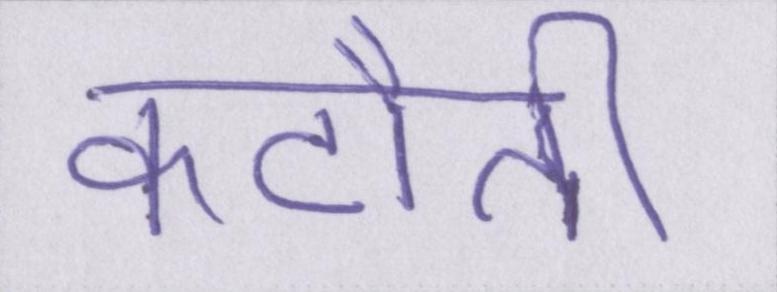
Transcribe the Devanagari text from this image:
कटौती